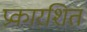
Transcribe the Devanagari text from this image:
प्रकारशित